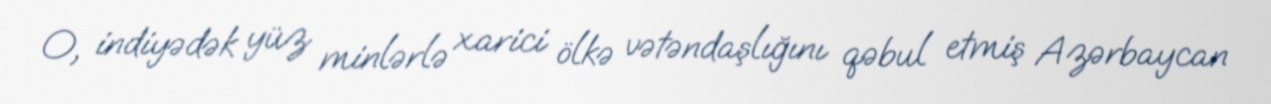
O, indiyədək yüz minlərlə xarici ölkə vətəndaşlığını qəbul etmiş Azərbaycan